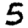
Digit: 5